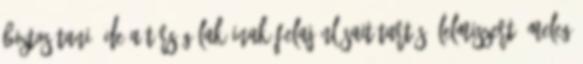
biztosítani, de a térség lakóinak felajánlásait tartós élelmiszert, meleg